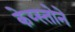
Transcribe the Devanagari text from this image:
केय्स्तोने